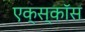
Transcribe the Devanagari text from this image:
एक्स्कॉस